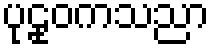
ပုဠုဝကသညာ